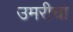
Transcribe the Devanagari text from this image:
उमरीचा